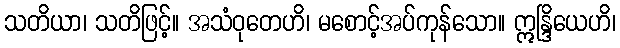
သတိယာ၊ သတိဖြင့်။ အသံဝုတေဟိ၊ မစောင့်အပ်ကုန်သော။ ဣန္ဒြိယေဟိ၊